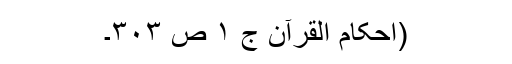
(احکام القرآن ج ١ ص ٣٠٣۔